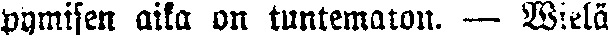
pymisen aika on tuntematon. — Wielä